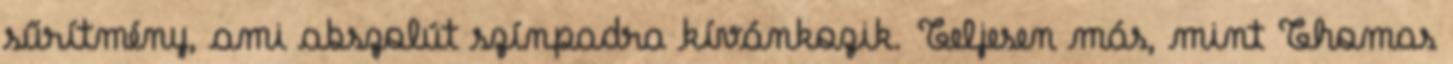
sűrítmény, ami abszolút színpadra kívánkozik. Teljesen más, mint Thomas